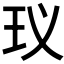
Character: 𮴂